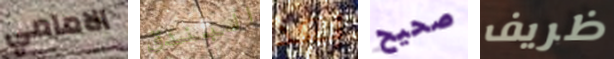
الامامي البندق بعد صحيح ظريف